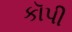
કૉપી